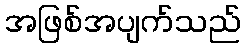
အဖြစ်အပျက်သည်